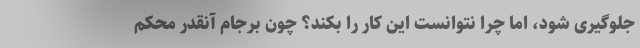
جلوگیری شود، اما چرا نتوانست این کار را بکند؟ چون برجام آنقدر محکم